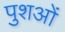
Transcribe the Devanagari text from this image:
पुशओं